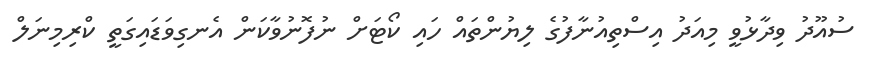
ސުއޫދު ވިދާޅުވީ މިއަދު އިސްތިއުނާފުގެ ލިޔުންތައް ހައި ކޯޓަށް ނުފޮނުވާކަން އެނގިވަޑައިގަތީ ކްރިމިނަލް